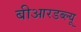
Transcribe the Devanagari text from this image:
बीआरडब्ल्यू